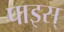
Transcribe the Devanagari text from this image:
पाइस्